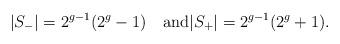
LaTeX: \begin{align*}|S_-|=2^{g-1}(2^g-1)\quad\textrm{and}|S_+|=2^{g-1}(2^g+1).\end{align*}